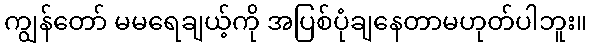
ကျွန်တော် မမရေချယ့်ကို အပြစ်ပုံချနေတာမဟုတ်ပါဘူး။